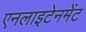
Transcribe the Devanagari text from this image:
एनलाइटेनमेंट